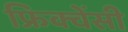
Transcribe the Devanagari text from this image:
फ्रिक्‍वेंसी